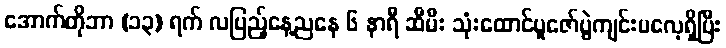
အောက်တိုဘာ (၁၃) ရက် လပြည့်နေ့ညနေ ၆ နာရီ ဆီမီး သုံးထောင်ပူဇော်ပွဲကျင်းပလေ့ရှိပြီး